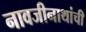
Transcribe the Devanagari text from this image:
नावजीनाथांची